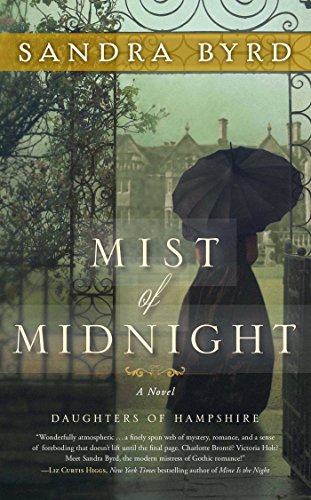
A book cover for Mist of Midnight: A Novel (The Daughters of Hampshire); Sandra Byrd; Romance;